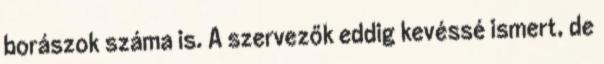
borászok száma is. A szervezők eddig kevéssé ismert, de